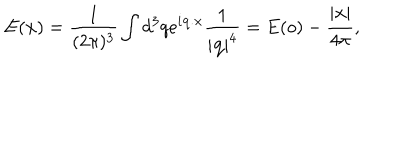
E ( { \bf x } ) = \frac { 1 } { ( 2 \pi ) ^ { 3 } } \int d ^ { 3 } q e ^ { i { \bf q . x } } \frac { 1 } { | { \bf q } | ^ { 4 } } = E ( o ) - \frac { | { \bf x } | } { 4 \pi } ,